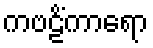
ကဗဠိံကာရော